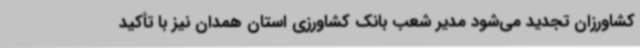
کشاورزان تجدید می‌شود مدیر شعب بانک کشاورزی استان همدان نیز با تأکید